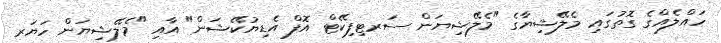
ހައްލެއްގެ ގޮތުގައި މެލޭޝިޔާގެ "މެލޭޝިޔަން ސަރޓިފިކޭޓް އޮފް އެޑިޔުކޭޝަން" އާއި "މެލޭޝިޔަން ހަޔަރ